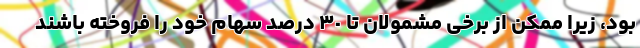
بود، زیرا ممکن از برخی مشمولان تا ٣٠ درصد سهام خود را فروخته باشند